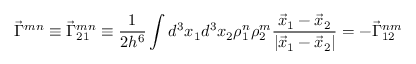
\vec { \Gamma } ^ { m n } \equiv \vec { \Gamma } _ { 2 1 } ^ { m n } \equiv \frac { 1 } { 2 h ^ { 6 } } \int d ^ { 3 } x _ { 1 } d ^ { 3 } x _ { 2 } \rho _ { 1 } ^ { n } \rho _ { 2 } ^ { m } \frac { \vec { x } _ { 1 } - \vec { x } _ { 2 } } { | \vec { x } _ { 1 } - \vec { x } _ { 2 } | } = - \vec { \Gamma } _ { 1 2 } ^ { n m }